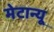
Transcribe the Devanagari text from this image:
मेटान्यू